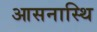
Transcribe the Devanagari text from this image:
आसनास्थि